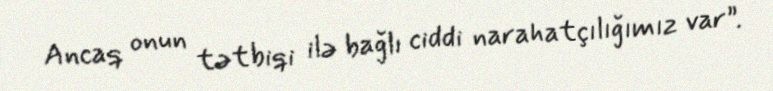
Ancaq onun tətbiqi ilə bağlı ciddi narahatçılığımız var”.